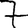
Digit: 7